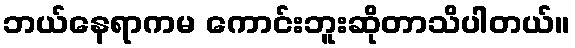
ဘယ်နေရာကမ ကောင်းဘူးဆိုတာသိပါတယ်။